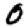
Digit: 0